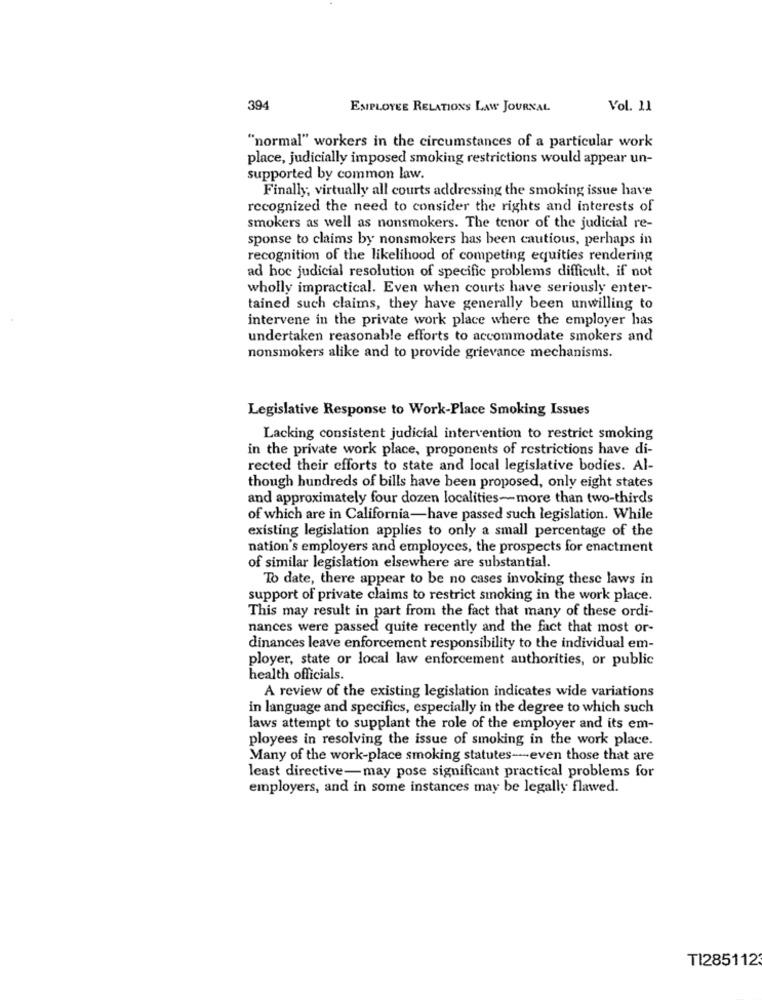
394
EMPLOYEE RELATIONS LAW JOURNAL
Vol. 11
"normal" workers in the circumstances of a particular work
place, judicially imposed smoking restrictions would appear un-
supported by common law.
Finally, virtually all courts addressing the smoking issue have
recognized the need to consider the rights and interests of
smokers as well as nonsmokers. The tenor of the judicial re-
sponse to claims by nonsmokers has been cautious, perhaps in
recognition of the likelihood of competing equities rendering
ad hoc judicial resolution of specific problems difficult, if not
wholly impractical. Even when courts have seriously enter-
tained such claims, they have generally been unwilling to
intervene in the private work place where the employer has
undertaken reasonable efforts to accommodate smokers and
nonsmokers alike and to provide grievance mechanisms.
Legislative Response to Work-Place Smoking Issues
Lacking consistent judicial intervention to restrict smoking
in the private work place, proponents of restrictions have di-
rected their efforts to state and local legislative bodies. Al-
though hundreds of bills have been proposed, only eight states
and approximately four dozen localities-more than two-thirds
of which are in California-have passed such legislation. While
existing legislation applies to only a small percentage of the
nation's employers and employces, the prospects for enactment
of similar legislation elsewhere are substantial.
To date, there appear to be no cases invoking these laws in
support of private claims to restrict smoking in the work place.
This may result in part from the fact that many of these ordi-
nances were passed quite recently and the fact that most or-
dinances leave enforcement responsibility to the individual em-
ployer, state or local law enforcement authorities, or public
health officials.
A review of the existing legislation indicates wide variations
in language and specifics, especially in the degree to which such
laws attempt to supplant the role of the employer and its em-
ployees in resolving the issue of smoking in the work place.
Many of the work-place smoking statutes-even those that are
least directive-may pose significant practical problems for
employers, and in some instances may be legally flawed.
TI285112